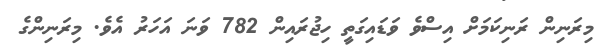
މިރަނިން ރަނިކަމަށް އިސްވެ ވަޑައިގަތީ ހިޖުރައިން 782 ވަނަ އަހަރު އެވެ. މިރަނިންގެ